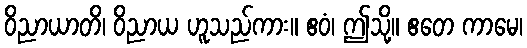
ဝိညာယာတိ၊ ဝိညာယ ဟူသည်ကား။ ဧဝံ၊ ဤသို့။ ဧတေ ကာမေ၊